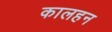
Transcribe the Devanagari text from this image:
कालहन